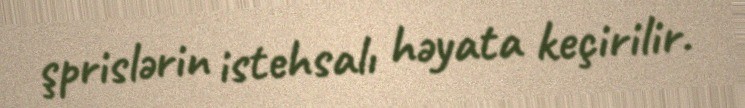
şprislərin istehsalı həyata keçirilir.